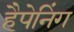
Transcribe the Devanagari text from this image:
हैपेनिंग